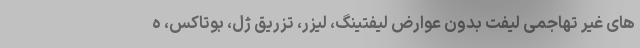
های غیر تهاجمی لیفت بدون عوارض لیفتینگ، لیزر، تزریق ژل، بوتاکس، ه